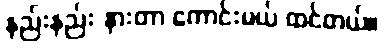
နည်းနည်း နားတာ ကောင်းမယ် ထင်တယ်။